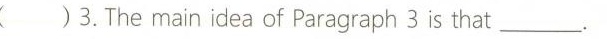
( )3. The main idea of Paragraph 3 is that___.